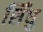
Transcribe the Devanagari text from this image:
सिँधु